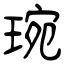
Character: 琬